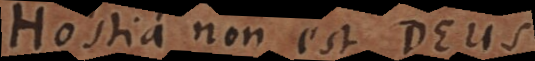
Hostia non est Deus